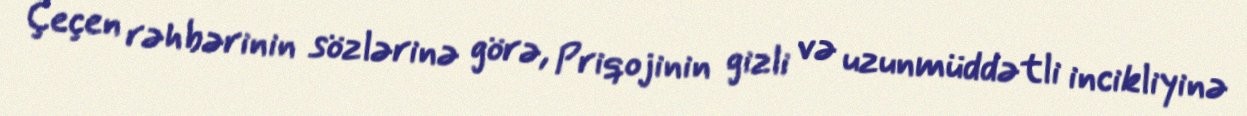
Çeçen rəhbərinin sözlərinə görə, Priqojinin gizli və uzunmüddətli incikliyinə